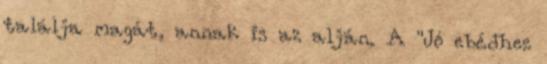
találja magát, annak is az alján. A "Jó ebédhez